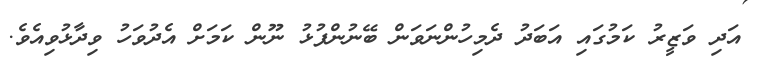
އަދި ވަޒީރު ކަމުގައި އަބަދު ދެމިހުންނަވަން ބޭނުންފުޅު ނޫން ކަމަށް އެދުވަހު ވިދާޅުވިއެވެ.